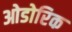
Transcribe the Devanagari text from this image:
ओडोरिक